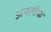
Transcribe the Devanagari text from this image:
अमलीक